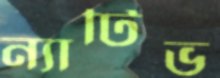
ন্যাটিভ